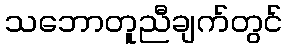
သဘောတူညီချက်တွင်